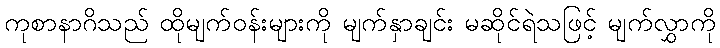
ကုစာနာဂိသည် ထိုမျက်ဝန်းများကို မျက်နှာချင်း မဆိုင်ရဲသဖြင့် မျက်လွှာကို